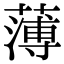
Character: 薄